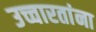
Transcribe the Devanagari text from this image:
उच्चारतांना